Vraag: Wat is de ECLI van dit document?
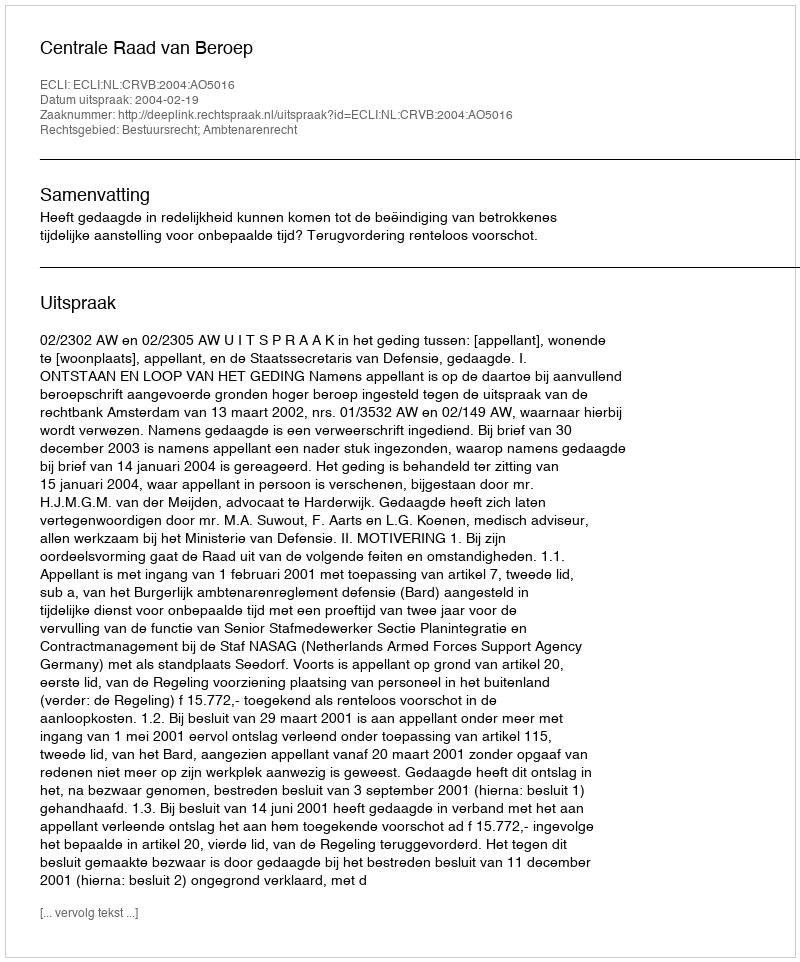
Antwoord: ECLI:NL:CRVB:2004:AO5016